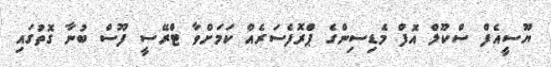
ޔޫސީއެފް ސްކޫލް އޮފް މެޑިސިންގެ ޕްރޮފެސަރެއް ކަމަށްވާ ޓްރޭސީ ފޫސް ބުނާ ގޮތުގައި